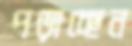
পড়াচ্ছেন